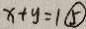
x + y = 1 \textcircled { 5 }